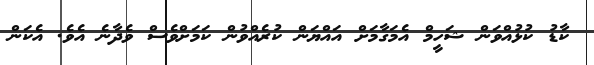
ކާޑު ކުޅުއްވަން ޝަހީމް އެމަގާމަށް އައްޔަން ކުރެއްވުން ކަމަށްވެސް ވެދާނެ އެވެ. އެކަން